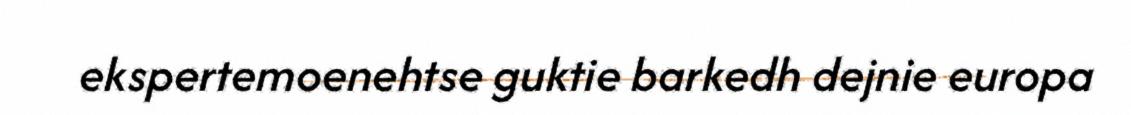
ekspertemoenehtse guktie barkedh dejnie europa